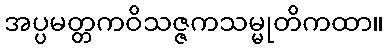
အပ္ပမတ္တကဝိသဇ္ဇကသမ္မုတိကထာ။